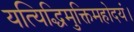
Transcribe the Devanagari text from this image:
यत्यिद्धिमुक्तिमहोदयं।